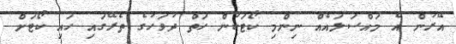
އޭރުން އެ މައްސަލައެއް ނިންމި ކޯޓަކުން ހަތް ދުވަހުގެ ތެރޭގައި ހައި ކޯޓަށް